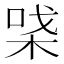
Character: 𰗪